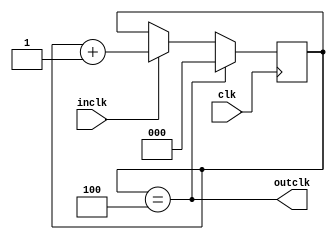
module clk4div(input wire clk,
	input wire inclk,
	output wire outclk
);
	reg [2:0] cnt = 0;
	assign outclk = cnt == 4;
	always @(posedge clk)
		if(outclk)
			cnt <= 0;
		else if(inclk)
			cnt <= cnt + 3'b1;
endmodule